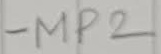
Text: MP2